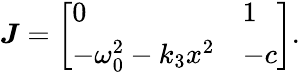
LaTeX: \boldsymbol J=\left[\begin{array}{ll}{0}&{1}\\ {-\omega_{0}^{2}-k_{3}x^{2}}&{-c}\end{array}\right].